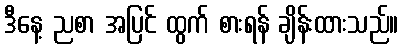
ဒီနေ့ ညစာ အပြင် ထွက် စားရန် ချိန်းထားသည်။